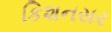
કિશનસર